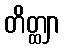
တိတ္ထျာ